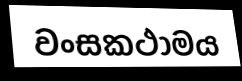
වංසකථාමය